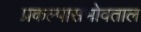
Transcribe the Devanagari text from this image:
प्रकल्पासभोवताल